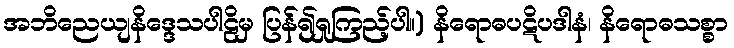
အဘိညေယျနိဒ္ဒေသပါဠိမှ ပြန်၍ရှုကြည့်ပါ။) နိရောဓပဋိပဒါနံ၊ နိရောဓသစ္စာ